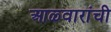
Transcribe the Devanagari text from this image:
आळ्वारांची